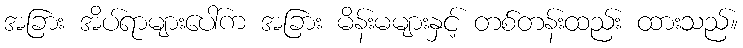
အခြား အိပ်ရာများပေါ်က အခြား မိန်းမများနှင့် တစ်တန်းထည်း ထားသည်။